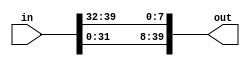
module left_shift(in,out);
input [0:39]in;
output [0:39]out;

assign out[0:31] = in[8:39];
assign out[32:39] = in[0:7];

endmodule